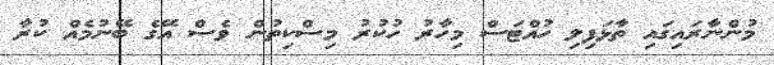
މުންނާރައިގައި ތާޅަފިލި ހުއްޓަސް މިހާރު ހުކުރު މިސްކިތުން ވެސް އޭގެ ބޭނުމެއް ކުރާ